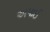
અપાઈ